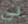
بي